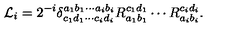
{ \cal L } _ { i } = 2 ^ { - i } \delta _ { c _ { 1 } d _ { 1 } \cdots c _ { i } d _ { i } } ^ { a _ { 1 } b _ { 1 } \cdots a _ { i } b _ { i } } R _ { a _ { 1 } b _ { 1 } } ^ { c _ { 1 } d _ { 1 } } \cdots R _ { a _ { i } b _ { i } } ^ { c _ { i } d _ { i } } .